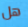
هل